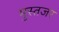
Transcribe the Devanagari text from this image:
मुस्तजर